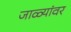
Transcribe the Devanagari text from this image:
जाळ्यांवर